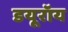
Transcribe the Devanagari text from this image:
डयूरॉय